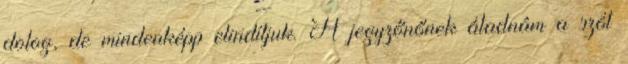
dolog, de mindenképp elindítjuk. A jegyzőnőnek átadnám a szót